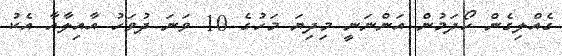
ގެއްލިގެން ހޯދަމުން އަންނަނީ މިދިޔަ މަހުގެ 10 ވަނަ ދުވަހު އާއިލާއާ އެކު